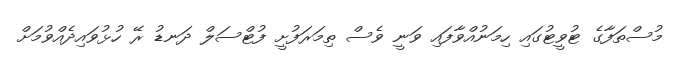
މުސްތަފާގެ ޓުވީޓުގައި ހިމަނުއްވާފައި ވަނީ ވެސް ތިމަރަފުށީ ފުޓްސަލް ދަނޑު ރޭ ހުޅުވައިދެއްވުމަށް